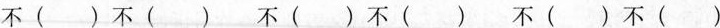
不( )不( ) 不( )不( ) 不( )不( )